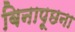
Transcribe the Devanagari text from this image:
बिनापूछना